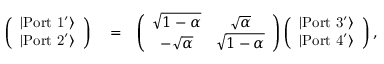
\begin{array} { r l r } { \left( \begin{array} { c } { | \mathrm { P o r t \ 1 ^ { \prime } } \rangle } \\ { | \mathrm { P o r t \ 2 ^ { \prime } } \rangle } \end{array} \right) } & { { } = } & { \left( \begin{array} { c c } { \sqrt { 1 - \alpha } } & { \sqrt { \alpha } } \\ { - \sqrt { \alpha } } & { \sqrt { 1 - \alpha } } \end{array} \right) \left( \begin{array} { c } { | \mathrm { P o r t \ 3 ^ { \prime } } \rangle } \\ { | \mathrm { P o r t \ 4 ^ { \prime } } \rangle } \end{array} \right) , } \end{array}